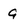
Character: 9